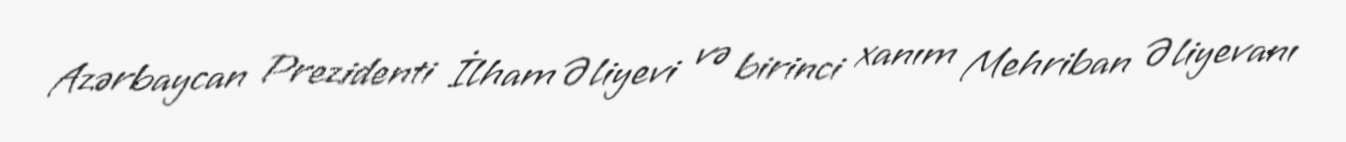
Azərbaycan Prezidenti İlham Əliyevi və birinci xanım Mehriban Əliyevanı